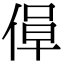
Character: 𫣁